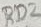
Text: RD2